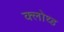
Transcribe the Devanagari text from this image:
क्लोथ्ड